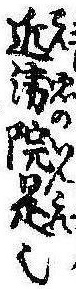
近衛院是也